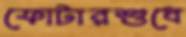
ফোটারশুধে